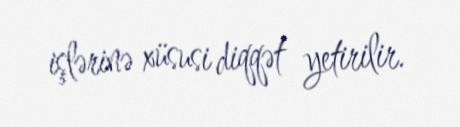
işlərinə xüsusi diqqət yetirilir.